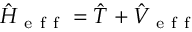
\hat { H } _ { \mathrm { ~ e ~ f ~ f ~ } } = \hat { T } + \hat { V } _ { \mathrm { ~ e ~ f ~ f ~ } }